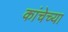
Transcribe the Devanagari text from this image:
कांचेच्या